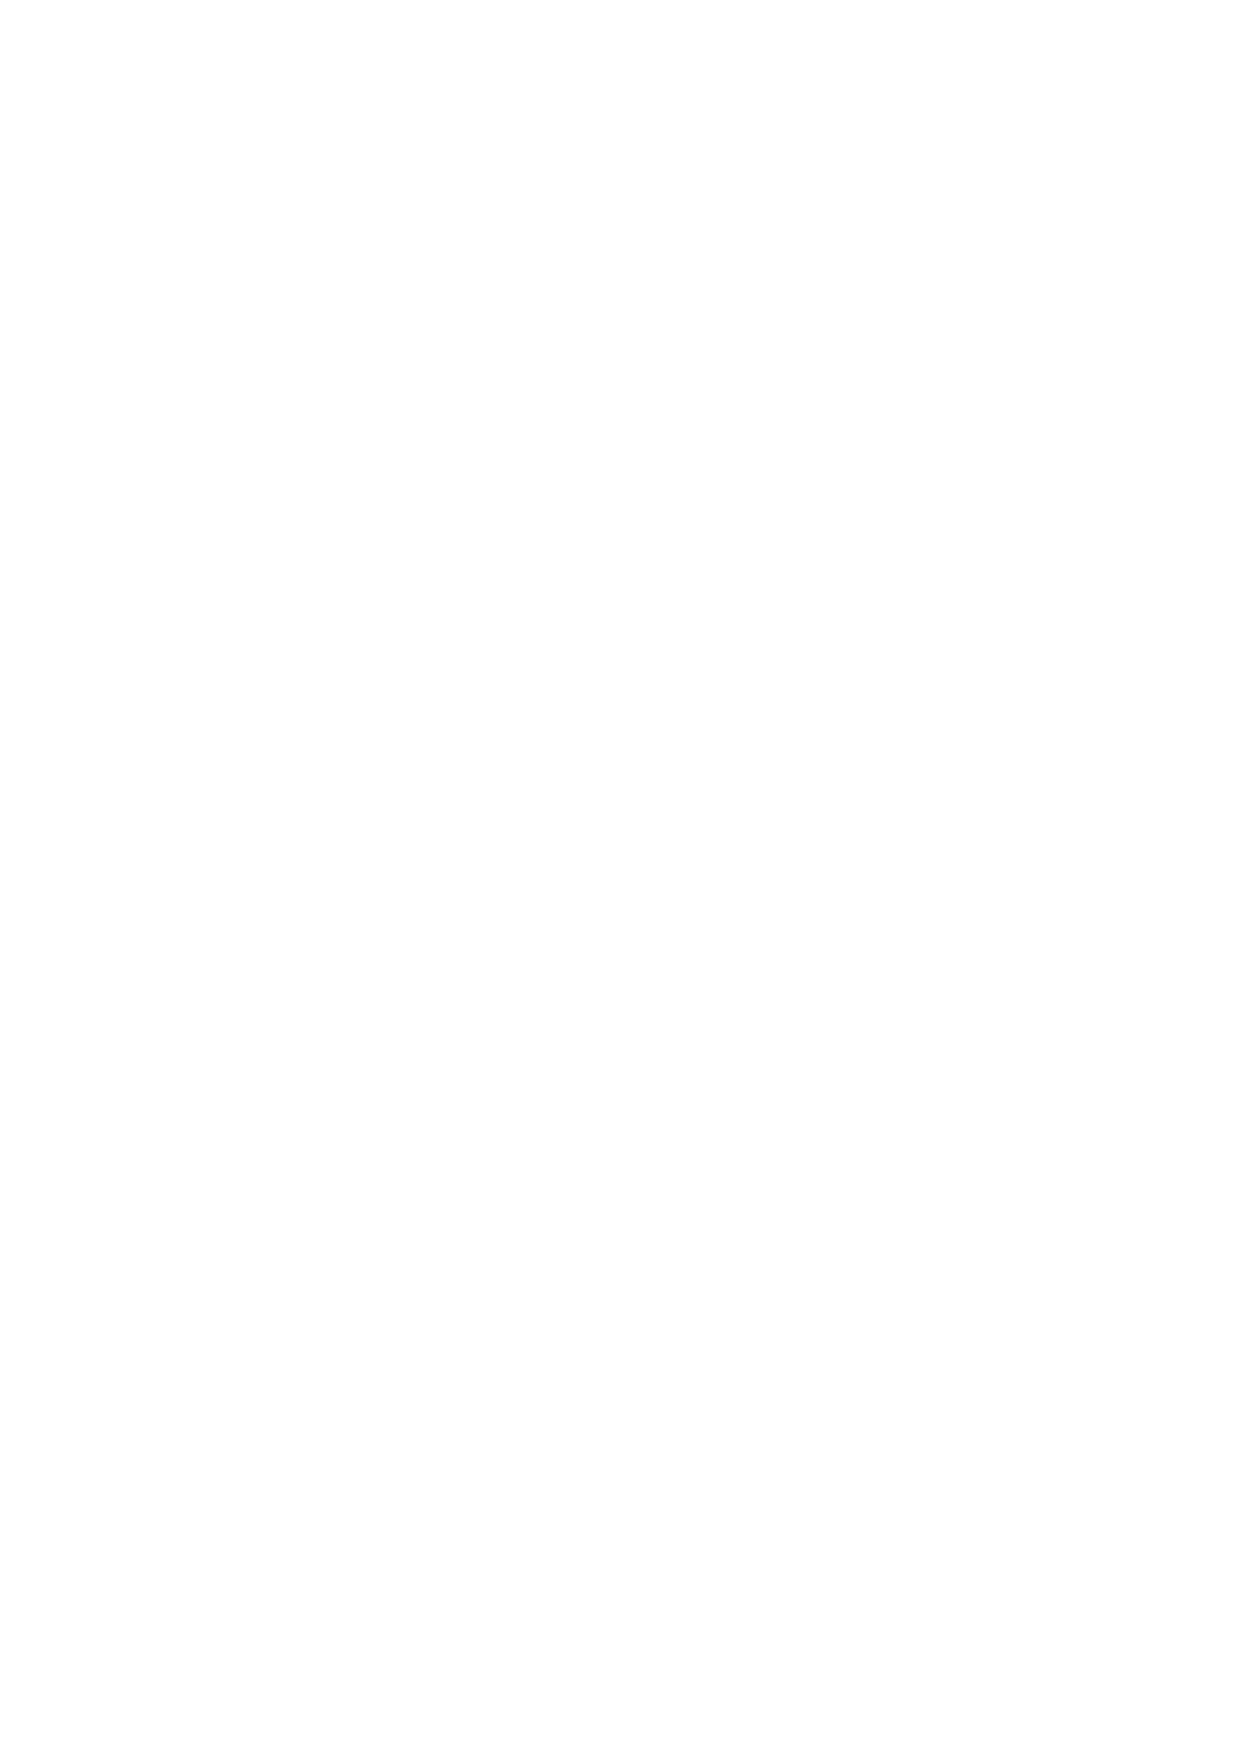
40                  CONFERENCE PROCEEDINGS REPORT